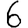
Digit: 6